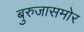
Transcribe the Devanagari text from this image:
बुरुजासमोर